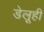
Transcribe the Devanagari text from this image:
डेलूही